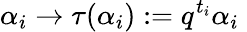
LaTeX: \alpha_{i}\rightarrow\tau(\alpha_{i}):=q^{t_{i}}\alpha_{i}\;